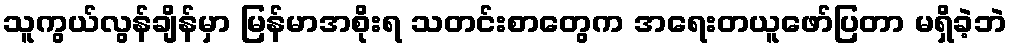
သူကွယ်လွန်ချိန်မှာ မြန်မာအစိုးရ သတင်းစာတွေက အရေးတယူဖော်ပြတာ မရှိခဲ့ဘဲ